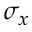
\sigma _ { x }